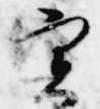
実